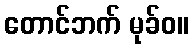
တောင်ဘက် မုခ်ဝ။